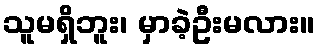
သူမရှိဘူး၊ မှာခဲ့ဦးမလား။